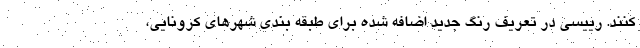
کنند. رییسی در تعریف رنگ جدید اضافه شده برای طبقه بندی شهرهای کرونایی،